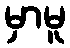
မှာမူ